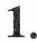
1.